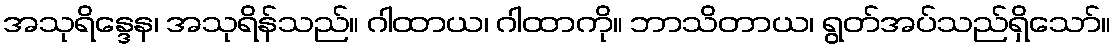
အသုရိန္ဒေန၊ အသုရိန်သည်။ ဂါထာယ၊ ဂါထာကို။ ဘာသိတာယ၊ ရွတ်အပ်သည်ရှိသော်။